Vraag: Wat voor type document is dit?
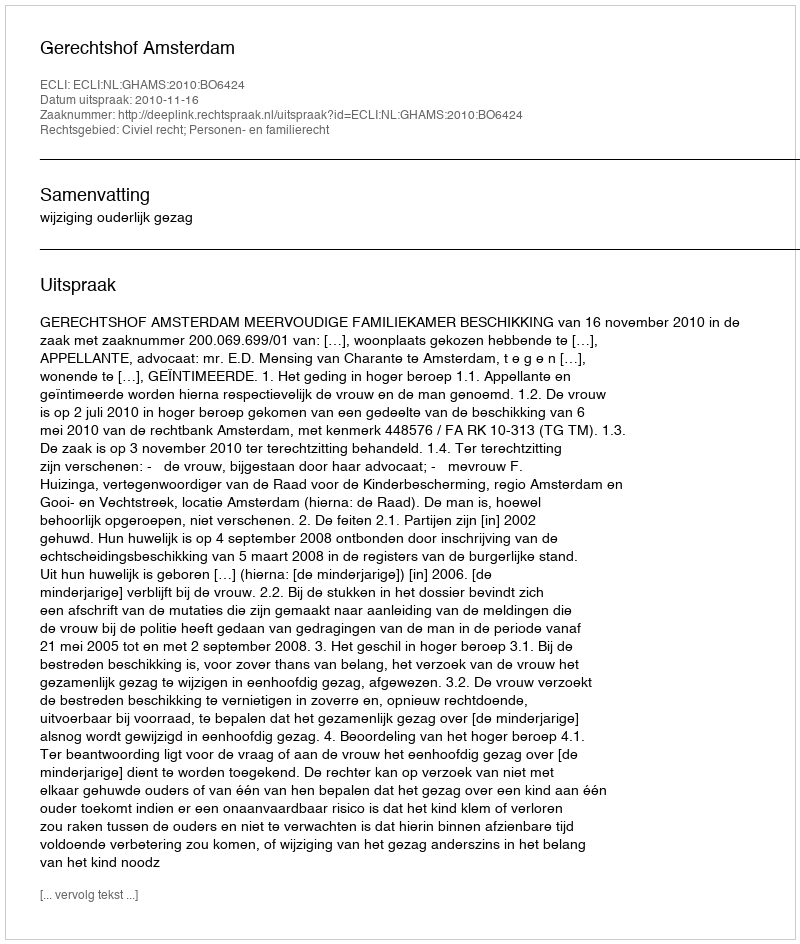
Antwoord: Uitspraak